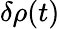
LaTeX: \delta\rho(t)